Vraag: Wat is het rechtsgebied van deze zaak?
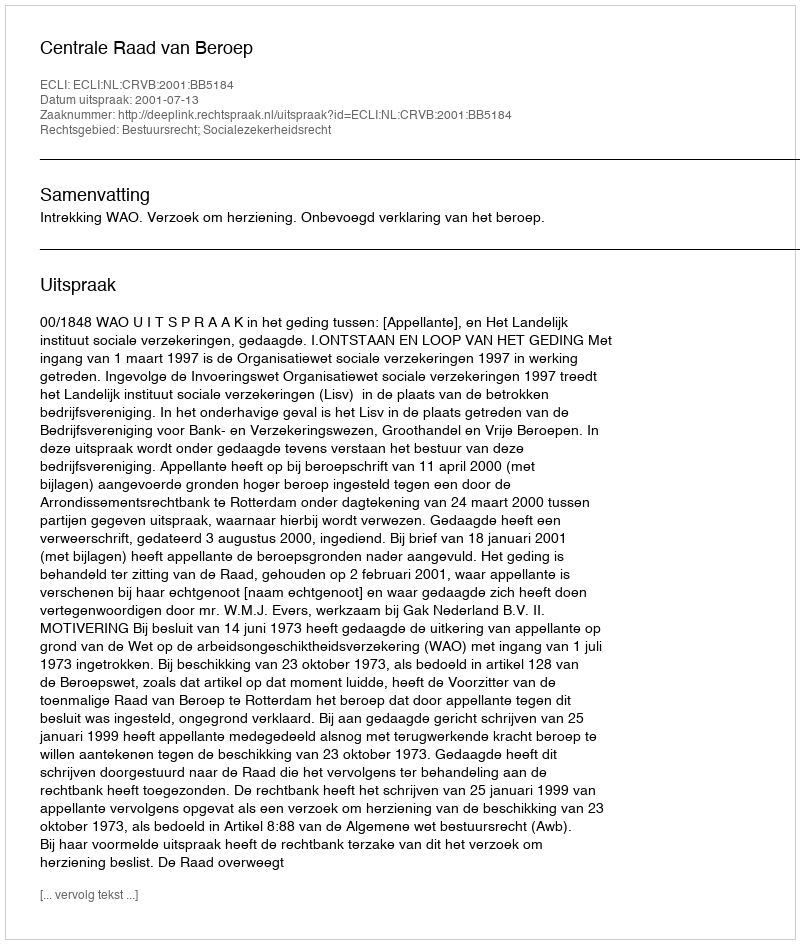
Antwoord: Bestuursrecht; Socialezekerheidsrecht